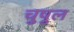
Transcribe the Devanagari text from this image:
चुषुल